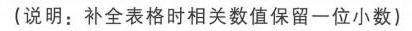
(说明：补全表格时相关数值保留一位小数)